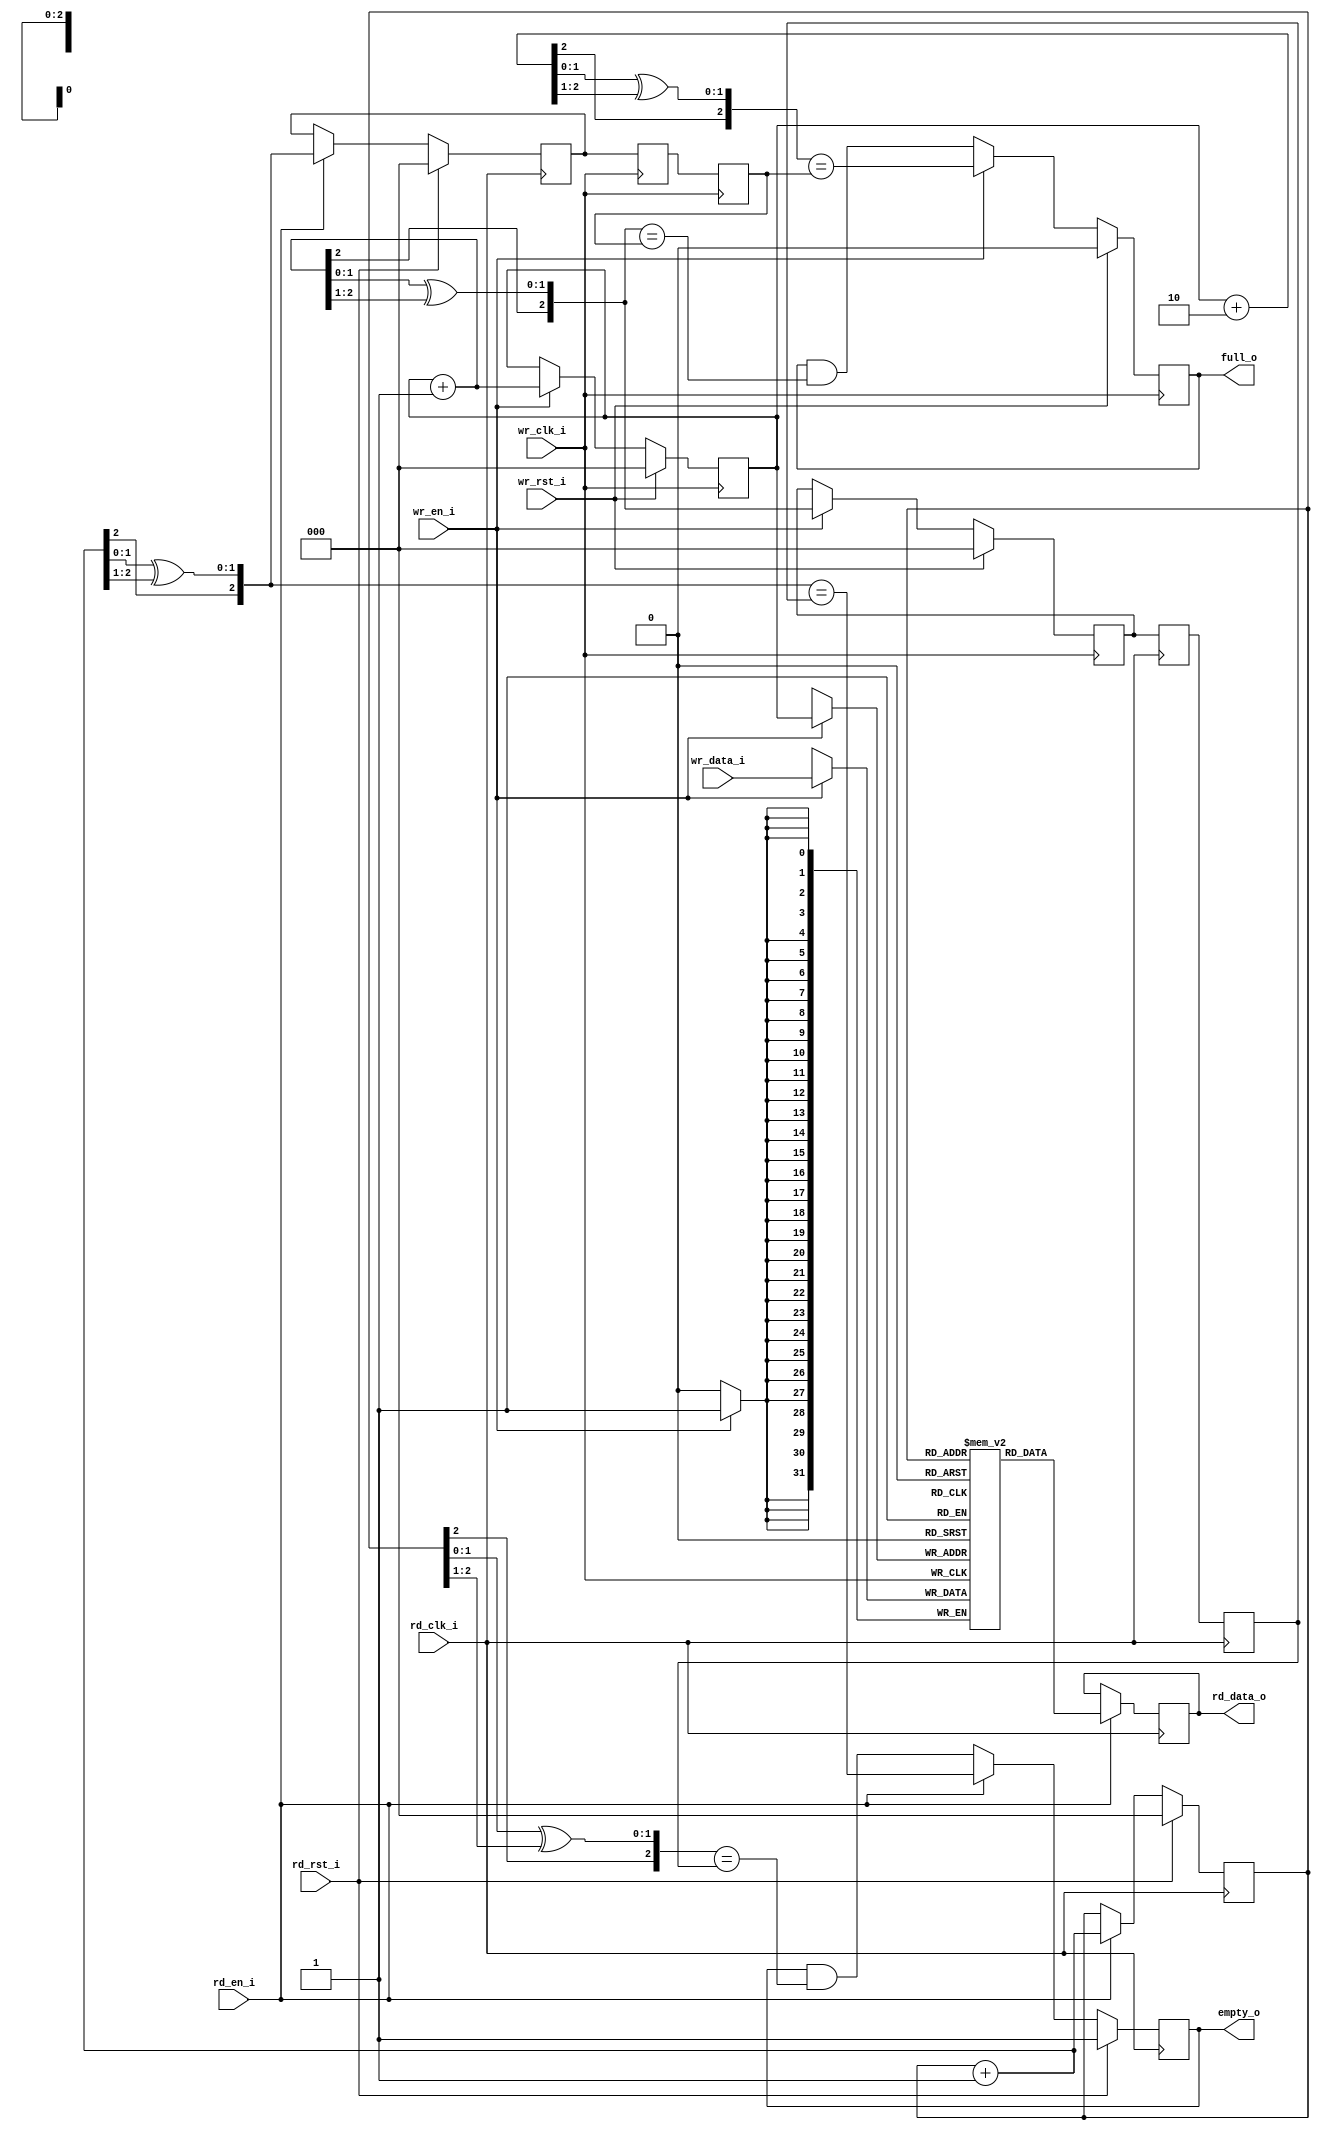
module dual_clock_fifo #(
	parameter ADDR_WIDTH = 3,
	parameter DATA_WIDTH = 32
)
(
	input wire 			wr_rst_i,
	input wire 			wr_clk_i,
	input wire 			wr_en_i,
	input wire [DATA_WIDTH-1:0]	wr_data_i,

	input wire 			rd_rst_i,
	input wire 			rd_clk_i,
	input wire 			rd_en_i,
	output reg [DATA_WIDTH-1:0]	rd_data_o,

	output reg 			full_o,
	output reg 			empty_o
);

reg [ADDR_WIDTH-1:0]	wr_addr;
reg [ADDR_WIDTH-1:0]	wr_addr_gray;
reg [ADDR_WIDTH-1:0]	wr_addr_gray_rd;
reg [ADDR_WIDTH-1:0]	wr_addr_gray_rd_r;
reg [ADDR_WIDTH-1:0]	rd_addr;
reg [ADDR_WIDTH-1:0]	rd_addr_gray;
reg [ADDR_WIDTH-1:0]	rd_addr_gray_wr;
reg [ADDR_WIDTH-1:0]	rd_addr_gray_wr_r;

function [ADDR_WIDTH-1:0] gray_conv;
input [ADDR_WIDTH-1:0] in;
begin
	gray_conv = {in[ADDR_WIDTH-1],
		     in[ADDR_WIDTH-2:0] ^ in[ADDR_WIDTH-1:1]};
end
endfunction

always @(posedge wr_clk_i) begin
	if (wr_rst_i) begin
		wr_addr <= 0;
		wr_addr_gray <= 0;
	end else if (wr_en_i) begin
		wr_addr <= wr_addr + 1'b1;
		wr_addr_gray <= gray_conv(wr_addr + 1'b1);
	end
end

// synchronize read address to write clock domain
always @(posedge wr_clk_i) begin
	rd_addr_gray_wr <= rd_addr_gray;
	rd_addr_gray_wr_r <= rd_addr_gray_wr;
end

always @(posedge wr_clk_i)
	if (wr_rst_i)
		full_o <= 0;
	else if (wr_en_i)
		full_o <= gray_conv(wr_addr + 2) == rd_addr_gray_wr_r;
	else
		full_o <= full_o & (gray_conv(wr_addr + 1'b1) == rd_addr_gray_wr_r);

always @(posedge rd_clk_i) begin
	if (rd_rst_i) begin
		rd_addr <= 0;
		rd_addr_gray <= 0;
	end else if (rd_en_i) begin
		rd_addr <= rd_addr + 1'b1;
		rd_addr_gray <= gray_conv(rd_addr + 1'b1);
	end
end

// synchronize write address to read clock domain
always @(posedge rd_clk_i) begin
	wr_addr_gray_rd <= wr_addr_gray;
	wr_addr_gray_rd_r <= wr_addr_gray_rd;
end

always @(posedge rd_clk_i)
	if (rd_rst_i)
		empty_o <= 1'b1;
	else if (rd_en_i)
		empty_o <= gray_conv(rd_addr + 1) == wr_addr_gray_rd_r;
	else
		empty_o <= empty_o & (gray_conv(rd_addr) == wr_addr_gray_rd_r);

// generate dual clocked memory
reg [DATA_WIDTH-1:0] mem[(1<<ADDR_WIDTH)-1:0];

always @(posedge rd_clk_i)
	if (rd_en_i)
		rd_data_o <= mem[rd_addr];

always @(posedge wr_clk_i)
	if (wr_en_i)
		mem[wr_addr] <= wr_data_i;
endmodule